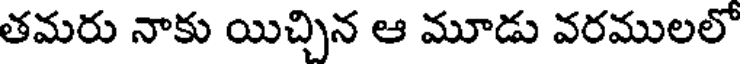
తమరు నాకు యిచ్చిన ఆ మూడు వరములలో